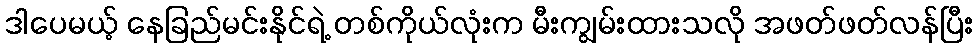
ဒါပေမယ့် နေခြည်မင်းနိုင်ရဲ့ တစ်ကိုယ်လုံးက မီးကျွမ်းထားသလို အဖတ်ဖတ်လန်ပြီး